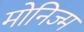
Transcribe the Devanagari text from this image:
मोनिज्म